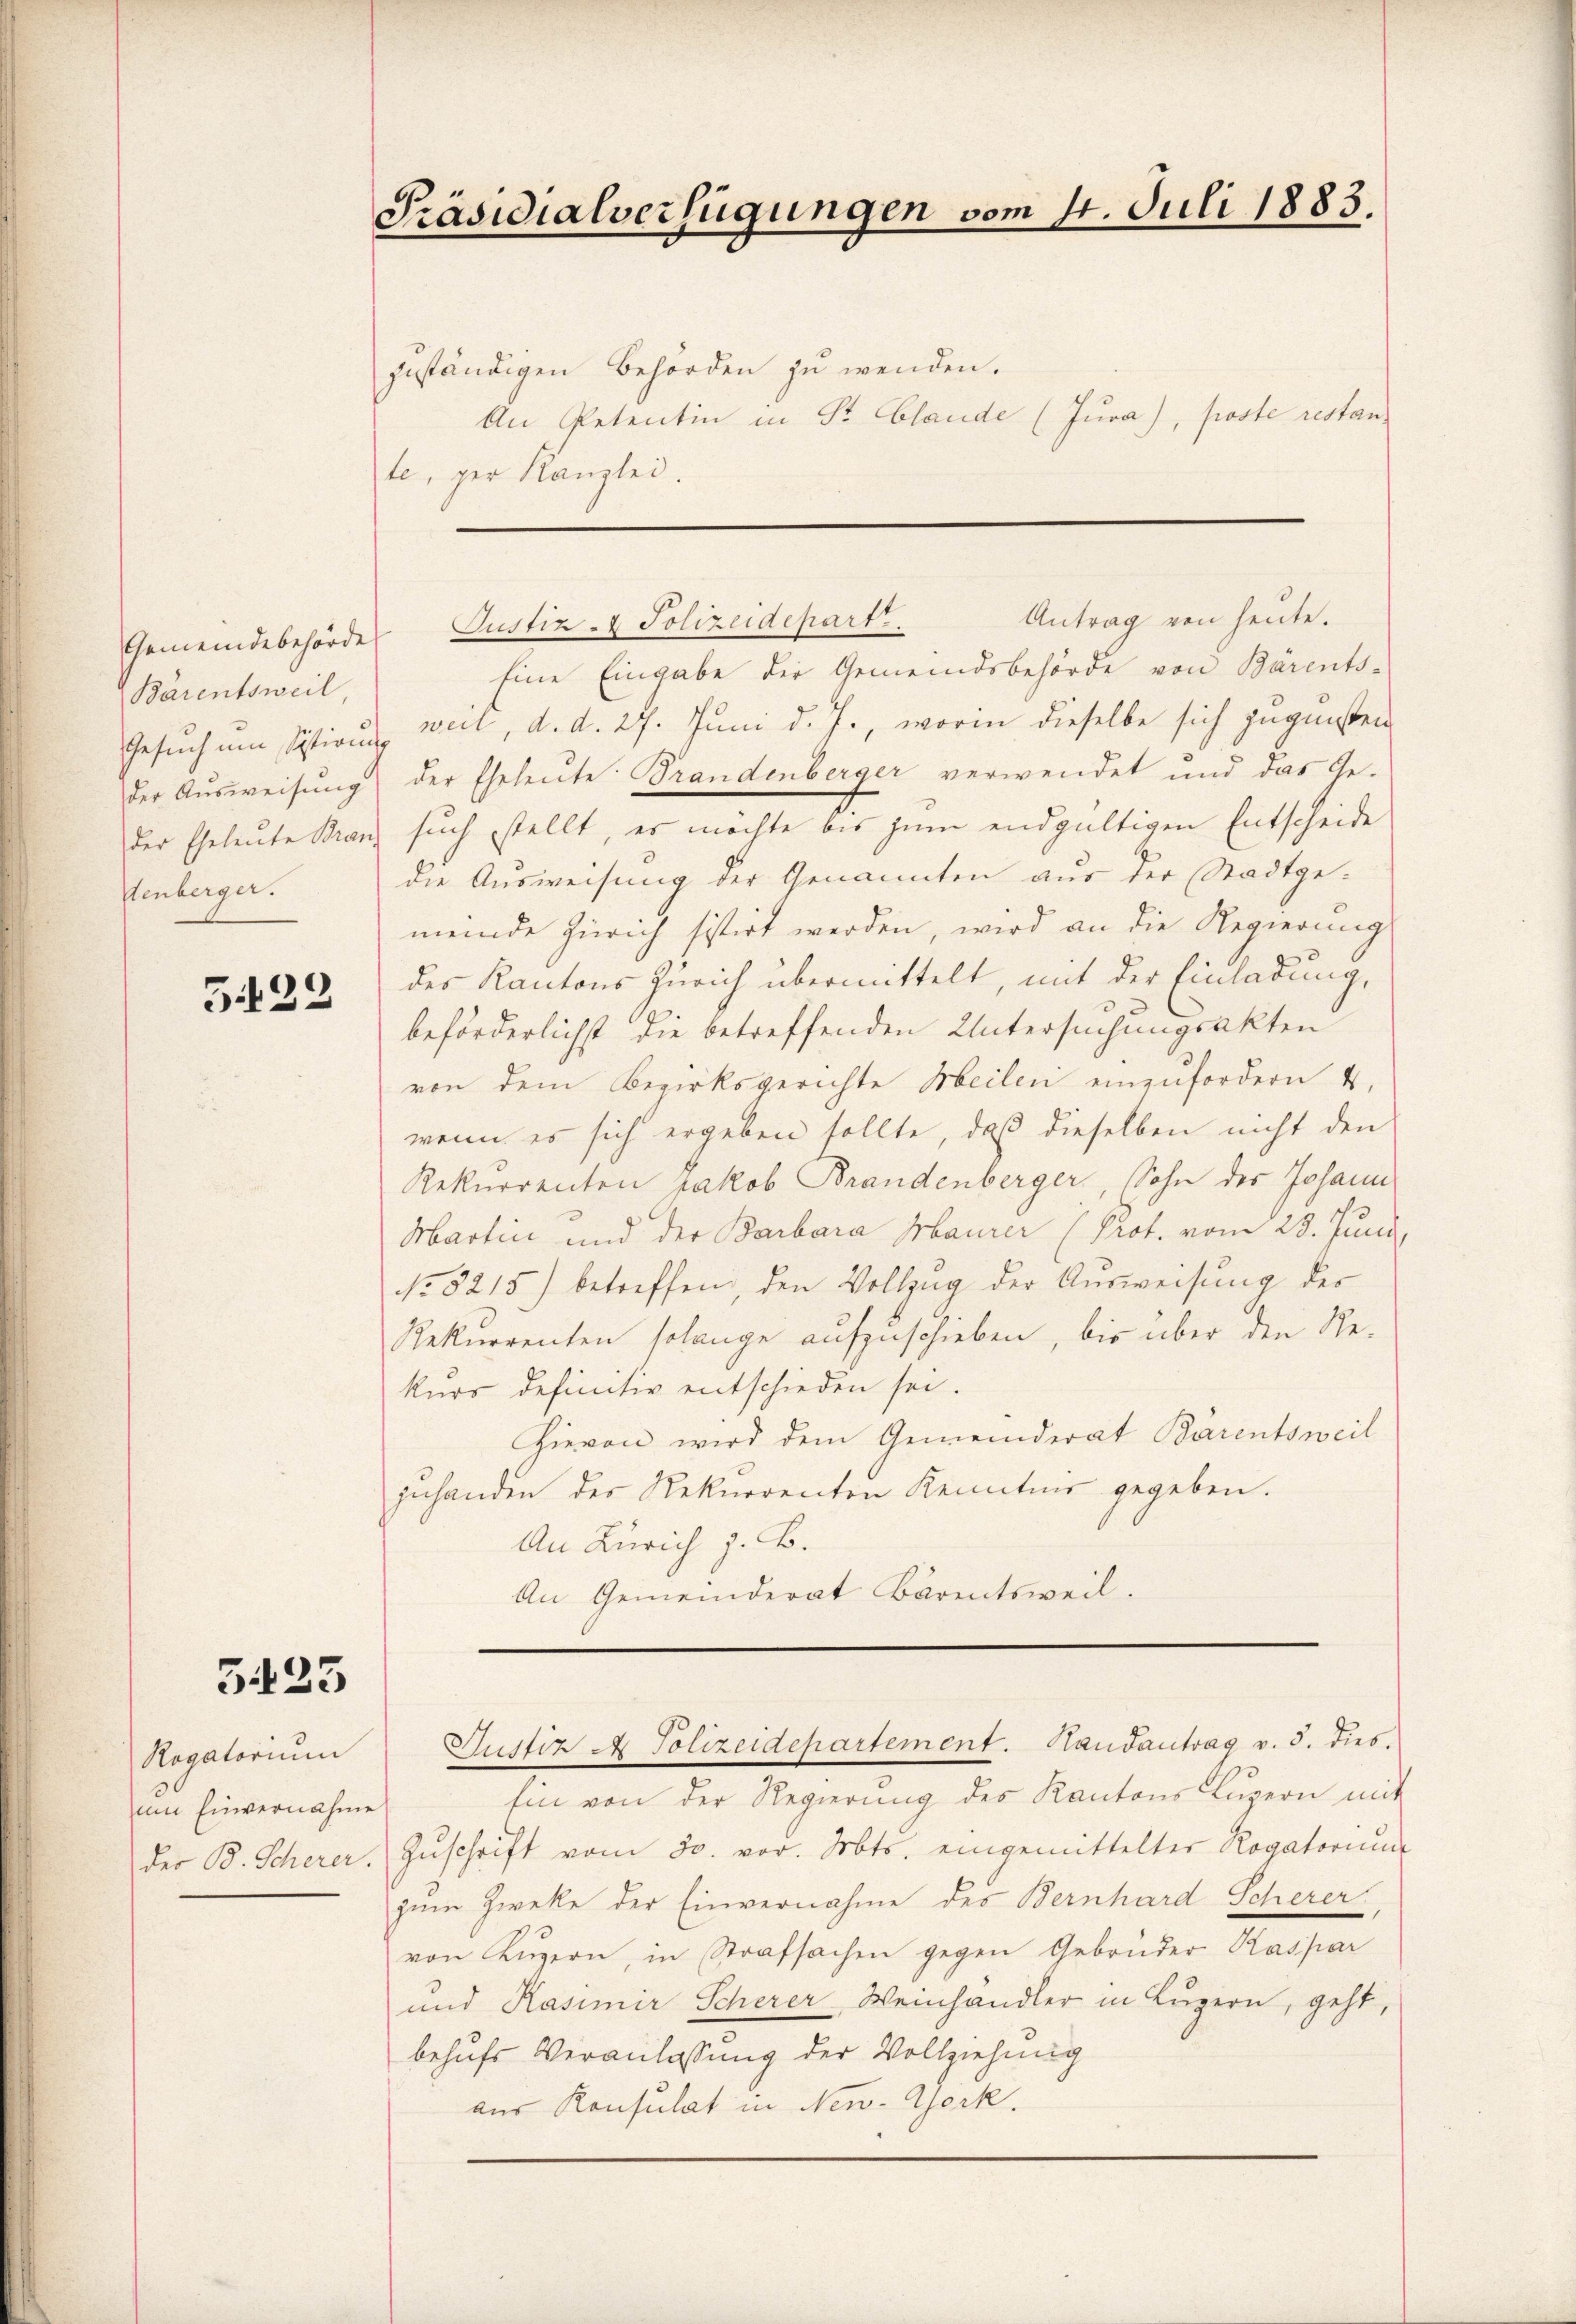
Bärentsweil,
enberger.

G.122

G 25

Rogatorium
um Einvernahme
der B. Scherer.

Präsidialverfügungen vom 14. Juli 1883.

zuständigen Behörden zu wenden.
An Petentin in St. Claude (Jura), poste restan
te, ger Kanzlei.

Gemeindebehörde Justiz- & Polizeidepart. Antrag von heŭte.
Eine Eingabe der Gemeindsbehörde von Bärents-
Gesuch um sistirung weil, d. d. 27. Juni d. J., worin dieselbe sich zugunsten
der Aŭsweisung der Eheleute: Brandenberger verwendet und das Geder Eheleute Branz such stellt, es möchte bis zum endgültigen Entscheide
die Ausweisung der Genannten aus der Stadtgemeinde Zürich sistirt werden, wird an die Regierung
des Kantons Zürich übermittelt, mit der Einladung,
beförderlichst die betreffenden Untersuchungsakten
von dem Bezirksgerichte Meilen einzufordern 4.
wenn es sich ergeben sollte, daß dieselben nicht den
Rekurrenten Jakob Brandenberger, Sohn der Johann
Martin und der Barbara Maurer (Prof. vom 28. Juni,
No 5215) betreffen, den Vollzug der Aŭsweisung der
Rekurrenten solange aufzuschieben, bis über den Re-
kurs definitiv entschieden sei.
Hievon wird dem Gemeinderat Bärentsweil
zuhanden der Rekurrenten Kenntnis gegeben.
An Zürich z. B.
An Gemeinderat Bärentsweil.

Ein von der Regierung des Kantons Luzern mit
Zuschrift vom 30. vor. Mts. eingemittelter Rogatorium
zum Zweke der Einvernahme des Bernhard Scherer,
von Luzern, in Strafsachen gegen Gebrüder Kaspar
und Kasimir Scherer Weinhändler in Luzern, geht,
behufs Veranlassung der Vollziehung
aus Konsulat in New-York.

Justiz A Polizeidepartement. Handantrag v. 5. dies.